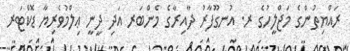
ރައްޔިތުންގެ މަޖްލީހުގެ ރ. އުނގޫފާރު ދާއިރާގެ މެންބަރ އަދި ދީނީ ޢިލްމުވެރިޔާ ޑޮކްޓަރ